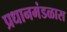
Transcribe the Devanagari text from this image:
प्रधानमंडळास